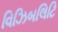
વિઝિબલિટિ